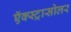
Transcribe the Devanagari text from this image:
ऍक्स्ट्रासोलर